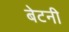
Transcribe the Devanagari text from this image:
बेटनी